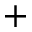
^ { + }